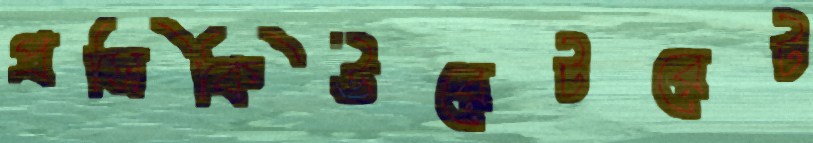
প্রসিকিউরেটরেট